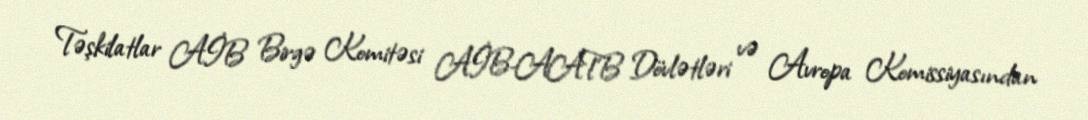
Təşkilatlar AİB Birgə Komitəsi AİB-AATB Dövlətləri və Avropa Komissiyasından